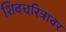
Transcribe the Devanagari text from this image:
शिवचरित्रावर